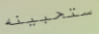
ستحبينه